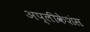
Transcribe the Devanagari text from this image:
अप्लीकेशंस